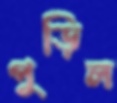
পুড়িল